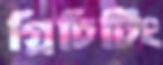
গ্রিচিটিং